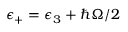
\epsilon _ { + } = \epsilon _ { 3 } + \hbar \Omega / 2